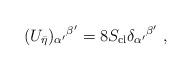
LaTeX: \begin{align*}(U_{\bar \eta})_{\alpha'}{}^{\beta'}= 8 S_{\rm cl} \delta_{\alpha'}{}^{\beta'}\ ,\end{align*}